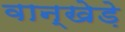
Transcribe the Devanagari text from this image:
वान्खेड़े